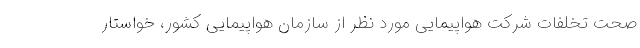
صحت تخلفات شرکت هواپیمایی مورد نظر از سازمان هواپیمایی کشور، خواستار